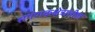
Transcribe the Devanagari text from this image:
संगणकक्षेत्रातील